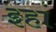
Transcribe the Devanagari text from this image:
इहां